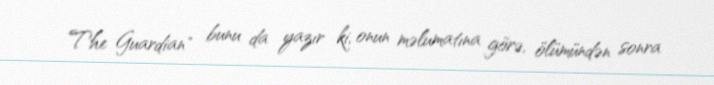
The Guardian" bunu da yazır ki, onun məlumatına görə, ölümündən sonra